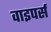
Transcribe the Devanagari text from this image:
वाइपर्स